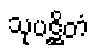
သုပဋ္ဌိတံ